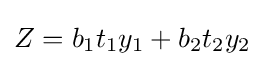
Z=b_{1}t_{1}y_{1}+b_{2}t_{2}y_{2}